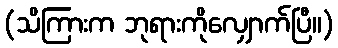
(သိကြားက ဘုရားကိုလျှောက်ပြီ။)